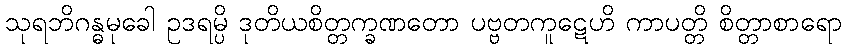
သုရဘိဂန္ဓမုခေါ ဥဒရမ္ပိ ဒုတိယစိတ္တက္ခဏတော ပဗ္ဗတကူဋေဟိ ကာပတ္တိ စိတ္တာစာရော